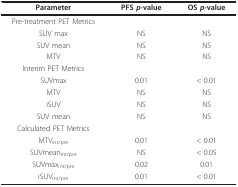
| Parameter | PFS p-value | OS p-value |
 | --- | --- | --- |
 | Pre-treatment PET Metrics |  |  |
 | SUV max | NS | NS |
 | SUV mean | NS | NS |
 | MTV | NS | NS |
 | Interim PET Metrics |  |  |
 | SUVmax | 0.01 | < 0.01 |
 | MTV | NS | NS |
 | iSUV | NS | NS |
 | SUV mean | NS | NS |
 | Calculated PET Metrics |  |  |
 | MTVint/pre | 0.01 | < 0.01 |
 | SUVmeanint/pre | NS | < 0.05 |
 | SUVmaxint/pre | 0.02 | 0.01 |
 | iSUVint/pre | 0.01 | < 0.01 |